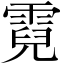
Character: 霓